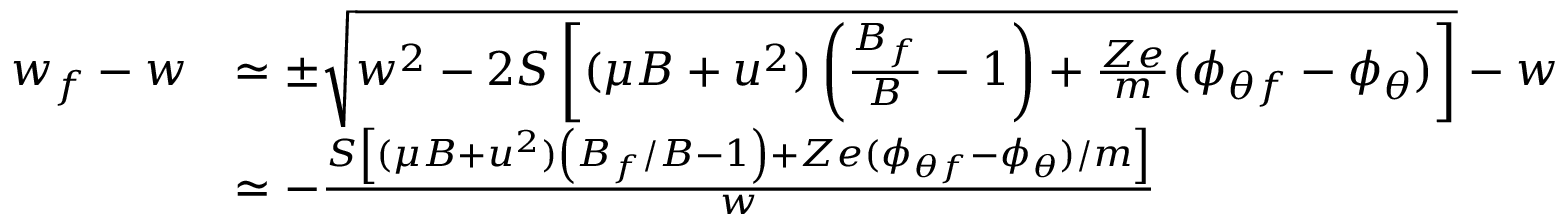
\begin{array} { r l } { w _ { f } - w } & { \simeq \pm \sqrt { w ^ { 2 } - 2 S \left[ ( \mu B + u ^ { 2 } ) \left( \frac { B _ { f } } { B } - 1 \right) + \frac { Z e } { m } ( \phi _ { \theta f } - \phi _ { \theta } ) \right] } - w } \\ & { \simeq - \frac { S \left[ ( \mu B + u ^ { 2 } ) \left( B _ { f } / B - 1 \right) + Z e ( \phi _ { \theta f } - \phi _ { \theta } ) / m \right] } { w } } \end{array}